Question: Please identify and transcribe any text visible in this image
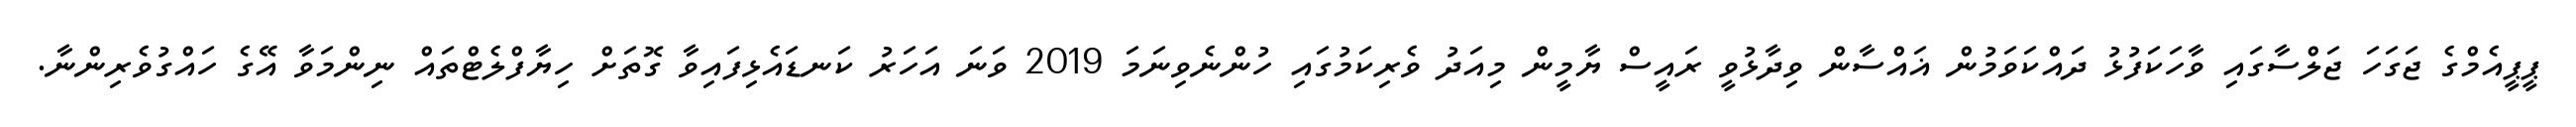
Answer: ޕީޕީއެމްގެ ޖަގަހަ ޖަލްސާގައި ވާހަކަފުޅު ދައްކަވަމުން ޣައްސާން ވިދާޅުވީ ރައީސް ޔާމީން މިއަދު ވެރިކަމުގައި ހުންނެވިނަމަ 2019 ވަނަ އަހަރު ކަނޑައެޅިފައިވާ ގޮތަށް ހިޔާފްލެޓްތައް ނިންމަވާ އޭގެ ހައްގުވެރިންނާ.